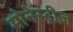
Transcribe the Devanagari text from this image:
मोनेस्ट्रीज़